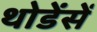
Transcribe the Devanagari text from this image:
थोडेंसें